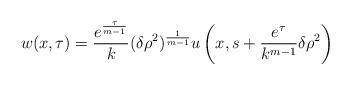
LaTeX: \begin{align*}w(x,\tau)=\frac{e^{\frac \tau {m-1}}} k (\delta \rho^2)^{\frac 1 {m-1}} u \left(x,s+\frac {e^\tau}{k^{m-1}} \delta \rho^2 \right)\end{align*}